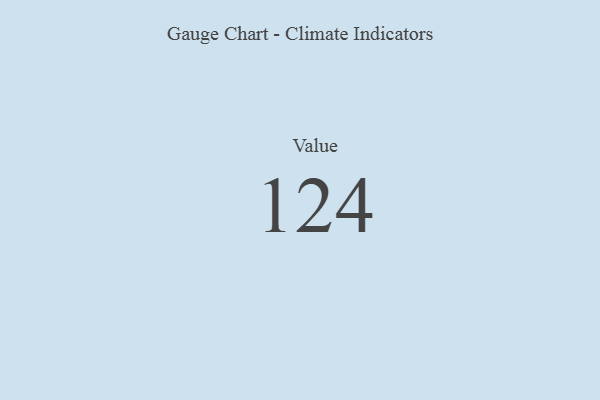
{"axis": {"x": "Metric", "y": "Value"}, "legend": [""], "data": [{"x": "Value", "y": 124, "type": ""}]}